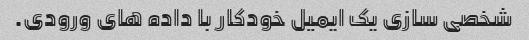
شخصی سازی یک ایمیل خودکار با داده های ورودی.